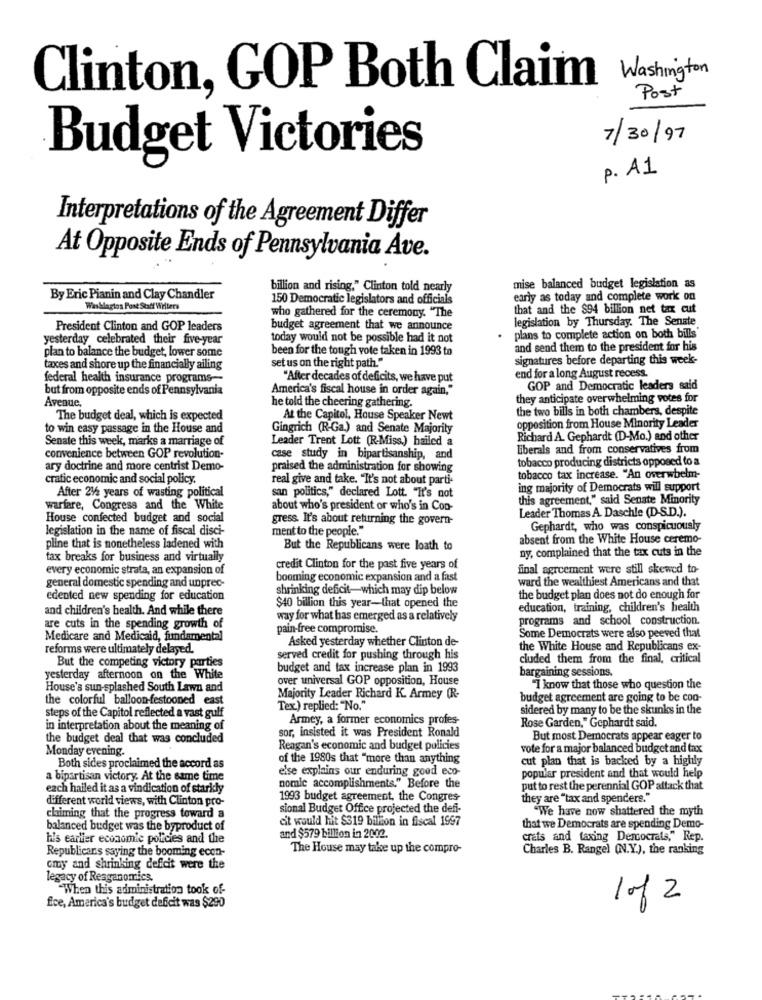
Washington
Clinton, GOP Both Claim
Post
7/30/97
Budget Victories
p. A1
Interpretations of the Agreement Differ
At Opposite Ends of Pennsylvania Ave.
billion and rising." Clinton told nearly
mise balanced budget legislation as
By Eric Pianin and Clay Chandler
150 Democratic legislators and officials
early as today and complete work on
Washington Post Staff Willers
that and the $94 billion net tax cut
who gathered for the ceremony. "The
legislation by Thursday. The Senate
President Clinton and GOP leaders
budget agreement that we announce
yesterday celebrated their five-year
today would not be possible had it not
plans to complete action on both bills'
plan to balance the budget, lower some
been for the tough vote taken in 1993 to
and send them to the president for his
set us on the right path."
signatures before departing this week-
taxes and shore up the financially ailing
federal health insurance programs-
"After decades of deficits, we have put
end for a long August recess.
but from opposite ends of Pennsylvania
America's fiscal house in order again,"
GOP and Democratic leaders said
Avenue,
they anticipate overwhelming votes for
he told the cheering gathering.
the two bills in both chambers, despite
The budget deal, which is expected
At the Capitol, House Speaker Newt
to win easy passage in the House and
Gingrich (R-Ga.) and Senate Majority
opposition from House Minority Leader
Senate this week, marks a marriage of
Leader Trent Lott (R-Miss.) bailed a
Richard A. Gephardt (D-Mo.) and other
liberals and from conservatives from
convenience between GOP revolution-
case study in bipartisanship, and
tobacco producing districts opposed to a
ary doctrine and more centrist Demo-
praised the administration for showing
cratic economic and social policy.
real give and take. "It's not about parti-
tobacco tax increase. "An overwhelm-
After 212 years of wasting political
ing majority of Democrats will support
san politics," declared Lott. "It's not
this agreement," said Senate Minority
warfare, Congress and the White
about who's president or who's in Con-
Leader Thomas A. Daschle (D-S.D.).
House confected budget and social
gress. It's about returning the govern-
legislation in the name of fiscal disci-
ment to the people."
Gephardt, who was conspicuously
absent from the White House ceremo-
pline that is nonetheless ladened with
But the Republicans were loath to
ny, complained that the tax cuts in the
tax breaks for business and virtually
every economic strata, an expansion of
credit Clinton for the past five years of
final agreement were still skewed to-
general domestic spending and unprec-
booming economic expansion and a fast
ward the wealthiest Americans and that
shrinking deficit-which may dip below
edented new spending for education
the budget plan does not do enough for
and children's health. And while there
$40 billion this year-that opened the
education, training, children's health
way for what has emerged as a relatively
programs and school construction.
are cuts in the spending growth of
pain-free compromise.
Medicare and Medicaid, fundamental
Asked yesterday whether Clinton de-
Some Democrats were also peeved that
reforms were ultimately delayed.
the White House and Republicans ex-
served credit for pushing through his
cluded them from the final, critical
But the competing victory parties
budget and tax increase plan in 1993
bargaining sessions.
yesterday afternoon on the White
over universal GOP opposition, House
House's sun-splashed South Lawn and
"I know that those who question the
the colorful balloon-festooned east
Majority Leader Richard K. Armey (R-
budget agreement are going to be coo-
Tex.) replied: "No."
sidered by many to be the skunks in the
steps of the Capitol reflected a vast gulf
Armey, a former economics profes-
in interpretation about the meaning of
sor, insisted it was President Ronald
Rose Garden," Gephardt said
the budget deal that was concluded
But most Democrats appear eager to
Monday evening.
Reagan's economic and budget policies
vote for a major balanced budget and tax
of the 1980s that "more than anything
cut plan that is backed by a highly
Both sides proclaimed the accord as
else explains our enduring good eco-
a bipartisan victory. At the same time
nomie accomplishments." Before the
popular president and that would help
each hailed it as a vindication of starkly
put to rest the perennial GOP attack that
different world views, with Clinton pro-
1993 budget agreement, the Congres-
they are "tax and spenders."
sional Budget Office projected the defi-
"We have now shattered the myth
chiming that the progress toward a
cit would hit $319 billion in fiscal 1997
balanced budget was the byproduct of
that we Democrats are spending Demo-
ha's earlier economic policies and the
and $579 billion in 2002
crais and taxing Democrats," Rep.
Republicans saying the booming econ-
The House may take up the compro-
Charles B. Rangel (N.Y.), the ranking
cmy and shrinking deficit were the
legacy of Reaganomics.
"When this administration took of-
1 of 2
fice, America's budget deficit was $290